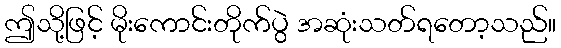
ဤသို့ဖြင့် မိုးကောင်းတိုက်ပွဲ အဆုံးသတ်ရတော့သည်။